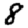
Digit: 8